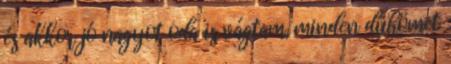
és akkor jó nagyot oda is vágtam, minden dühömet